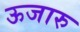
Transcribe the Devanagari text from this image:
ऊजारु